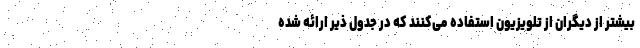
بیشتر از دیگران از تلویزیون استفاده می‌کنند که در جدول ذیر ارائه شده